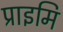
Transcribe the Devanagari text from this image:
प्राइमि